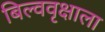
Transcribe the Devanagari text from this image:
बिल्ववृक्षाला